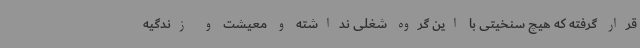
قرار گرفته که هیچ سنخیتی با این گروه شغلی نداشته و معیشت و زندگیه